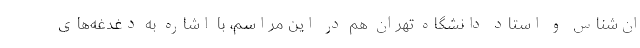
ان‌شناس و استاد دانشگاه تهران هم در این مراسم، با اشاره به دغدغه‌های